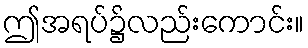
ဤအရပ်၌လည်းကောင်း။